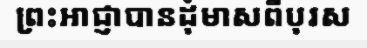
ព្រះអាជ្ញាបានដុំមាសពីបុរស